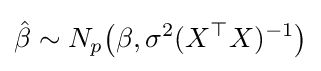
{\hat {\beta }}\sim N_{p}{\bigl (}\beta ,\sigma ^{2}(X^{\top }X)^{-1}{\bigr )}